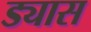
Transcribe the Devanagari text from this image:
ड्यास